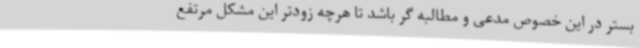
بستر در این خصوص مدعی و مطالبه گر باشد تا هرچه زودتر این مشکل مرتفع